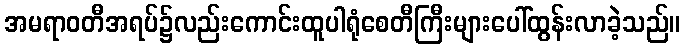
အမရာဝတီအရပ်၌လည်းကောင်းထူပါရုံစေတီကြီးများပေါ်ထွန်းလာခဲ့သည်။